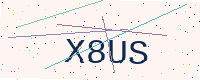
Text: X8US